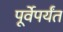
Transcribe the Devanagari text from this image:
पूर्वेपर्यंत